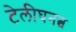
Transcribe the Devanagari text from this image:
टेलीघनत्व